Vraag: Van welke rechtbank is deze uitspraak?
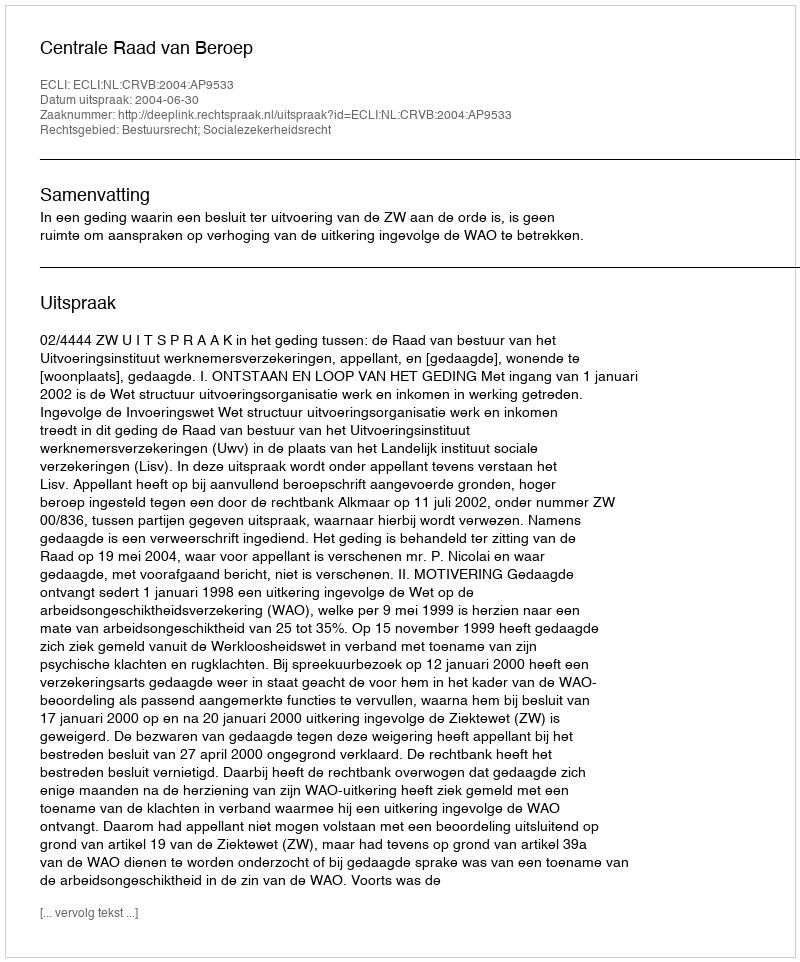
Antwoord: Centrale Raad van Beroep